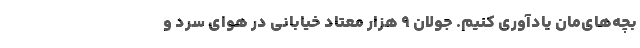
بچه‌های‌مان یادآوری کنیم. جولان ۹ هزار معتاد خیابانی در هوای سرد و